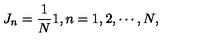
J _ { n } = \frac { 1 } { N } \mathrm { \boldmath 1 } , n = 1 , 2 , \cdots , N ,